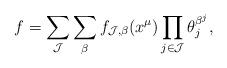
LaTeX: \begin{align*}f=\sum_{\mathcal{J}} \sum_{\beta} f_{\mathcal{J},\beta}(x^{\mu}) \prod_{j \in \mathcal{J}} \theta_j^{\beta^j},\end{align*}